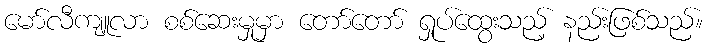
မော်လီကျူလာ စစ်ဆေးမှုမှာ တော်တော် ရှုပ်ထွေးသည့် နည်းဖြစ်သည်။